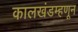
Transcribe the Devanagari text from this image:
कालखंडम्हणून